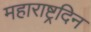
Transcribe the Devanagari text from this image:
महाराष्ट्रदिन